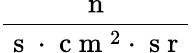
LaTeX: \frac{\mathrm{~n~}}{\mathrm{~s~}\cdot\mathrm{~c~m~}^{2}\cdot\mathrm{~s~r~}}